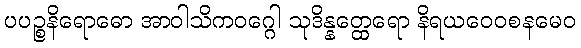
ပပဉ္စနိရောဓော အာဝါသိကဝဂ္ဂေါ သုဒိန္နတ္ထေရော နိရယဝေဝစနမေဝ